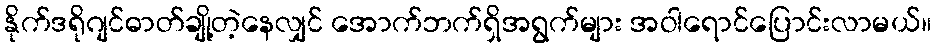
နိုက်ဒရိုဂျင်ဓာတ်ချို့တဲ့နေလျှင် အောက်ဘက်ရှိအရွက်များ အဝါရောင်ပြောင်းလာမယ်။